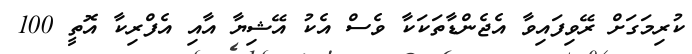
ކުރިމަގަށް ރޭވިފައިވާ އެޖެންޑާތަކަކާ ވެސް އެކު އޭޝިޔާ އާއި އެފްރިކާ އޮތީ 100